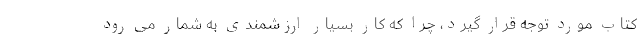
کتاب مورد توجه قرار گیرد، چرا که کار بسیار ارزشمندی به شمار می رود